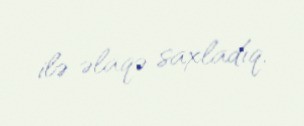
ilə əlaqə saxladıq.